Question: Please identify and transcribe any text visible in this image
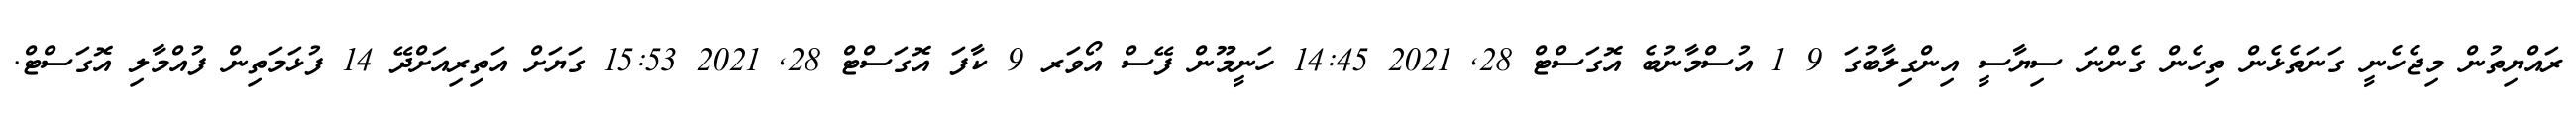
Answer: ރައްޔިތުން މިޖެހެނީ ގަނަތެޅެން ތިހެން ގެންނަ ސިޔާސީ އިންގިލާބުގަ 9 1 އުސްމާނުބެ އޮގަސްޓް 28, 2021 14:45 ހަނީމޫން ފޭސް އޯވަރ 9 ކާފަ އޮގަސްޓް 28, 2021 15:53 ގަޔަށް އަތިރިއަށްދޭ 14 ފުޅަމަތިން ފުއްމާލި އޮގަސްޓް.